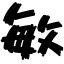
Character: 敏